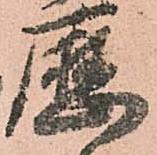
歴